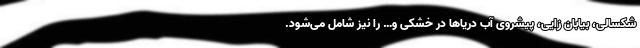
شکسالی، بیابان زایی، پیشروی آب دریاها در خشکی و… را نیز شامل می‌شود.